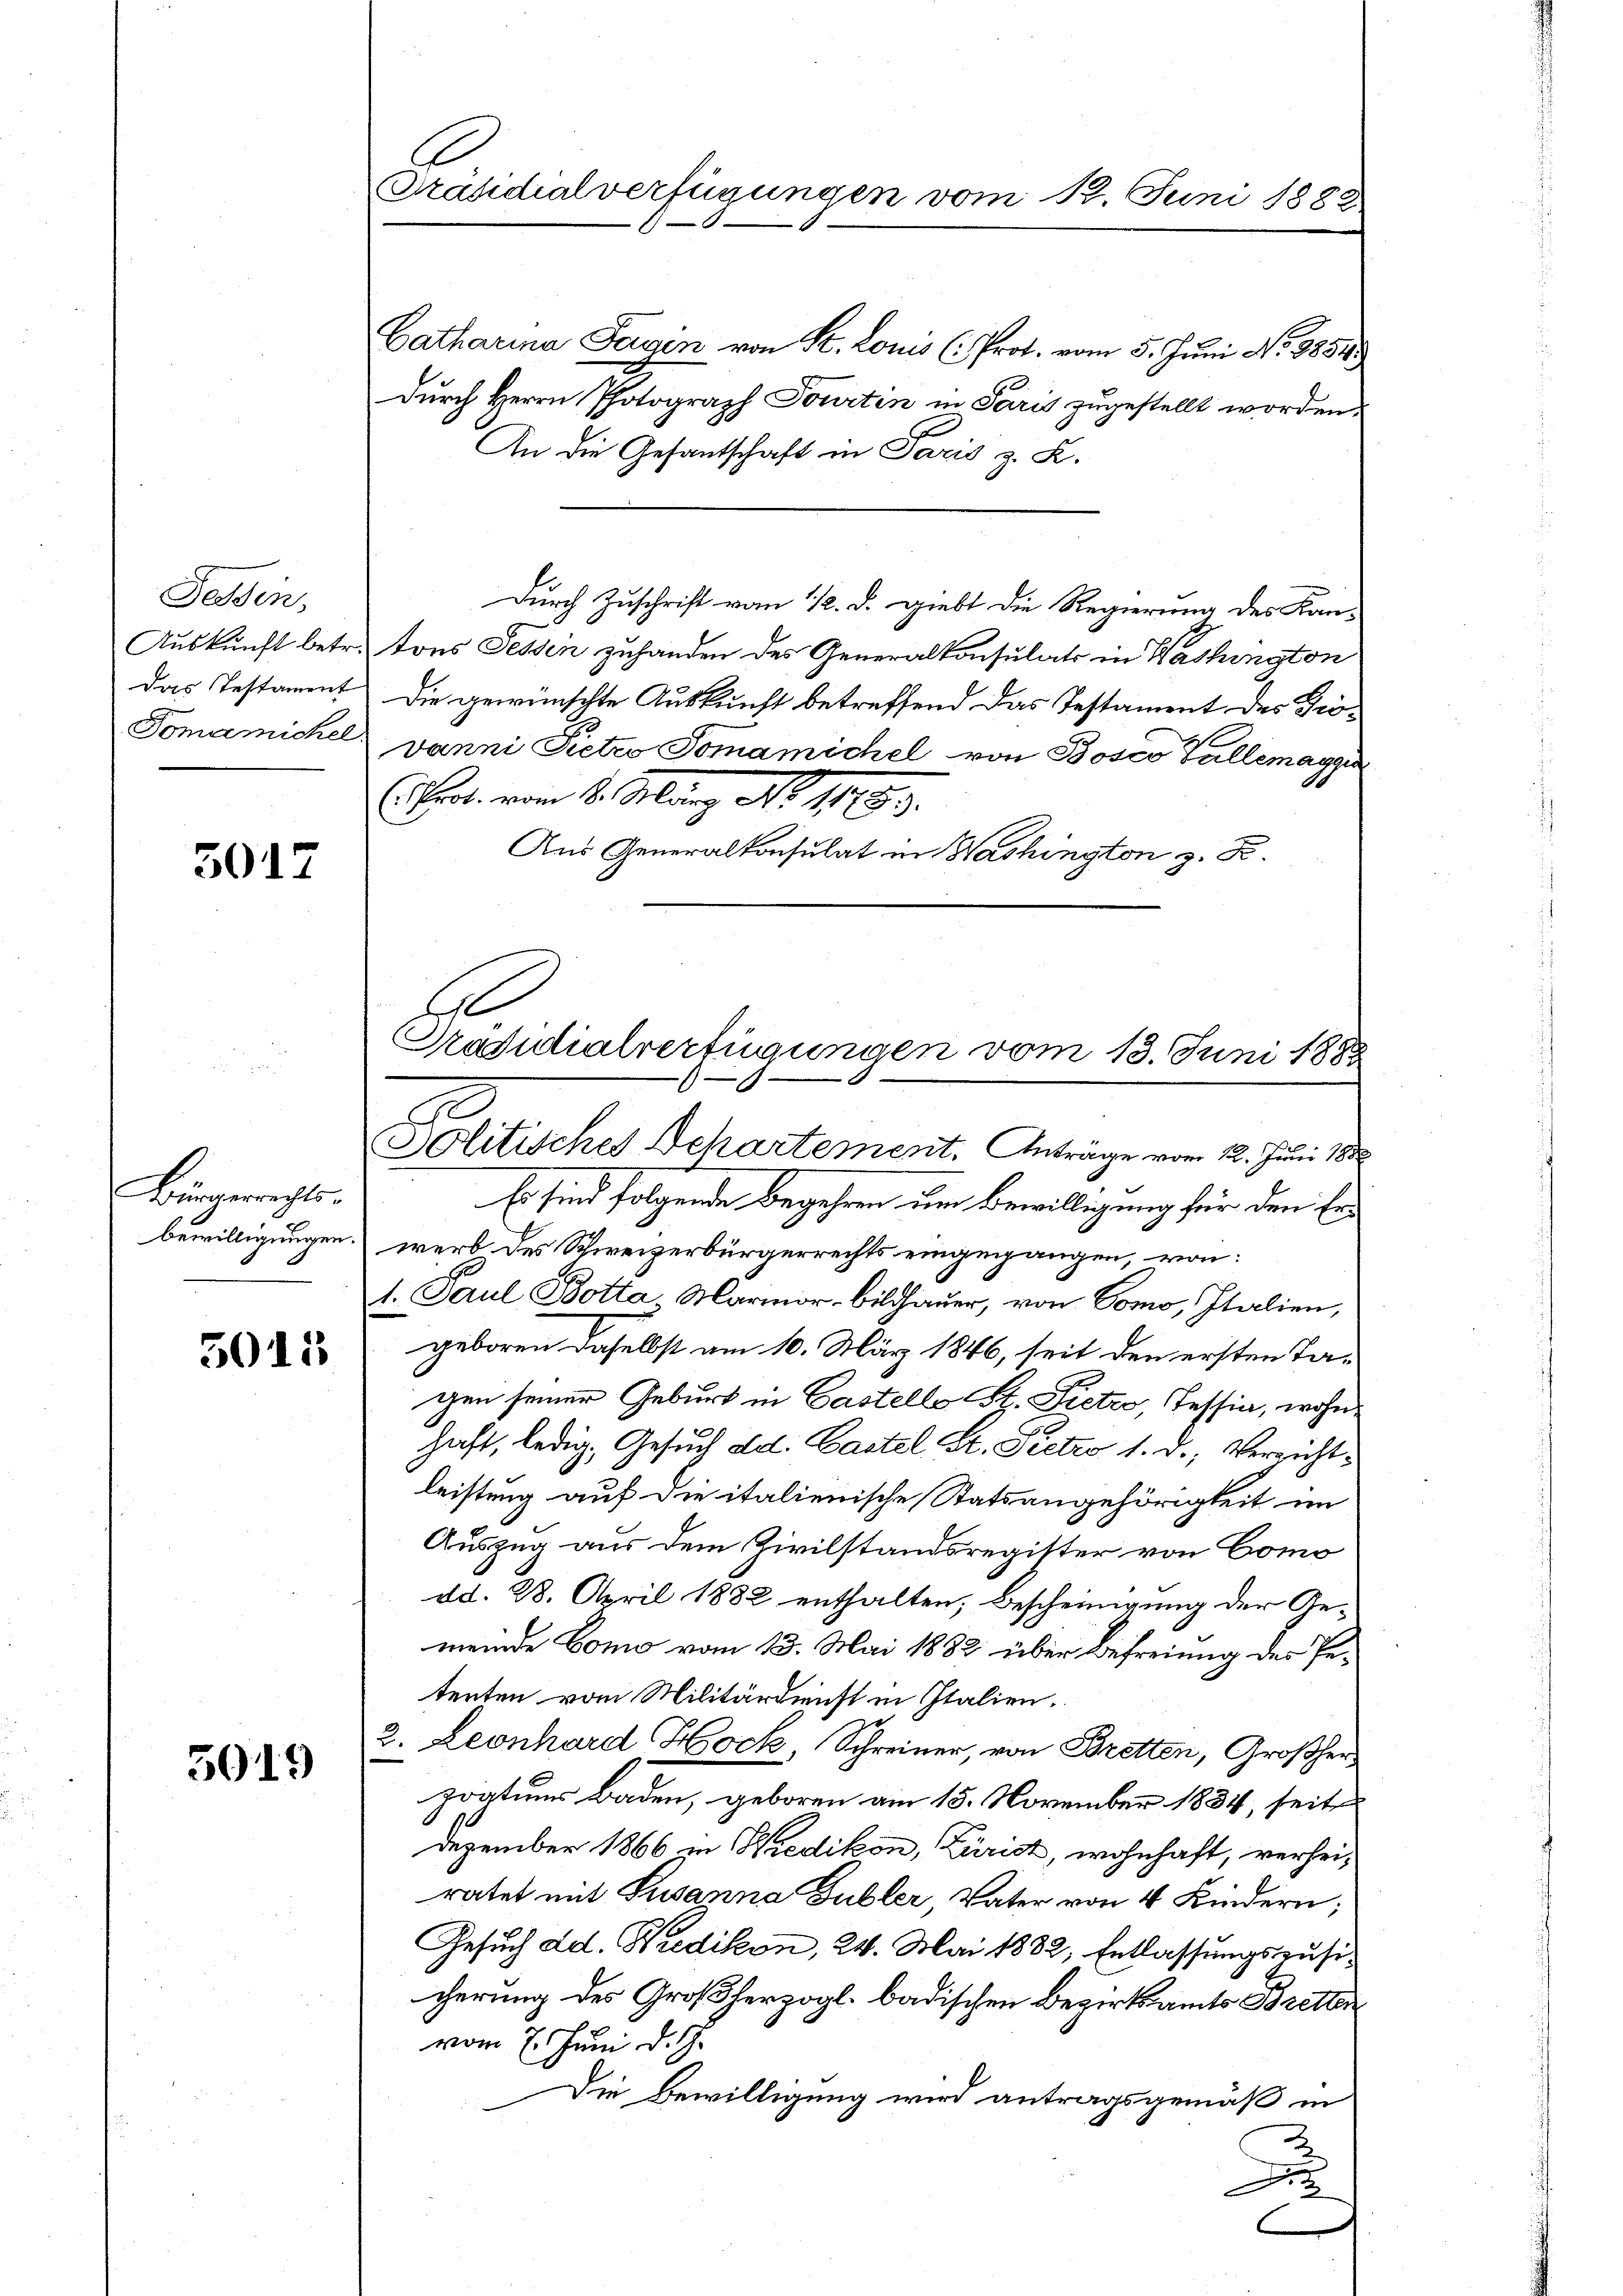
Tessin,
Tomanickel.

5017

Bürgerrechts.

5015

5019

Catharina Sergin von St. Louis (Prot. vom 5. Juni No 8854.
Durch Herrn Photograph Fourtin in Paris zugestellt worden.
An die Gesantschaft in Paris z. K.
Durch Zuschrift vom 12. d. giebt die Regierung des Kan-
Auskunft betr. tons Fessen zuhanden des Generalkonsulats in Washington
das Testament die gewünschte Auskunft betreffend das Testament des Grovanni Pietro Pomamichel von Bosco Gallemangen
Tat. vom 1. Marg No. 1813.
Aus Generalkonsulat in Washington z. B.
A
Pradidialverfügungen vom 13. Juni 1883

Präsidialverfügungen vom 12. Juni 1883

G
Solitisches Departement. Anträge vom 12. Juni 1888

Es sind folgende Begehren um Bewilligung für den Erbewilligungen werb des Schweizerbürgerrechts eingegangen, von:
1. Paul Botta Marmor-Bildhauer, von Como, Italien,
geboren daselbst am 10. März 1846, seit den ersten Tagen seiner Geburt in Castello St. Fictro, Tessin, wohnhaft, ledig, Gesuch ad. Castel St. Peetzo 1. d. Verzichtleistung auf die italienische Statsangehörigkeit im
Auszug aus dem Zivilstandsregitter von Como
dd. 28. April 1882 enthalten, Bescheinigung der Gemeinde Como vom 13. Mai 1882 über Befreiung des Petenten vom Militärdienst in Italien.
2. Leonhard Hock, Schreiner, von Bretten, Großherzoatums Baden, geboren am 15. November 1834, seite
Dezember 1866 in Wiedikon, Zürich, wohnhaft, verheiratet mit Susanna Gubler, Vater von 4 Kindern;
Gesuch ad. Wiedikon, 24. Mai 1882, Entlassungszusicherung des Großherzogl. badischen Bezirksamts Bretten
vom 7. Juni d. J.
Die Bewilligung wird antragsgemäß in
J
C